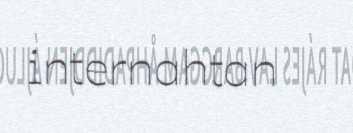
internahtan